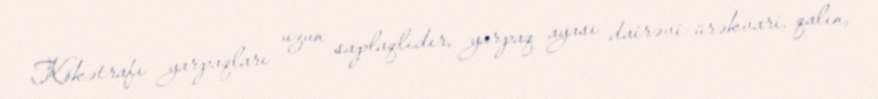
Kökətrafı yarpaqları uzun saplaqlıdır, yarpaq ayası dairəvi-ürəkvari, qalın,